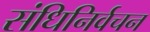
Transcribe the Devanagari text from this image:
संधिनिर्वचन